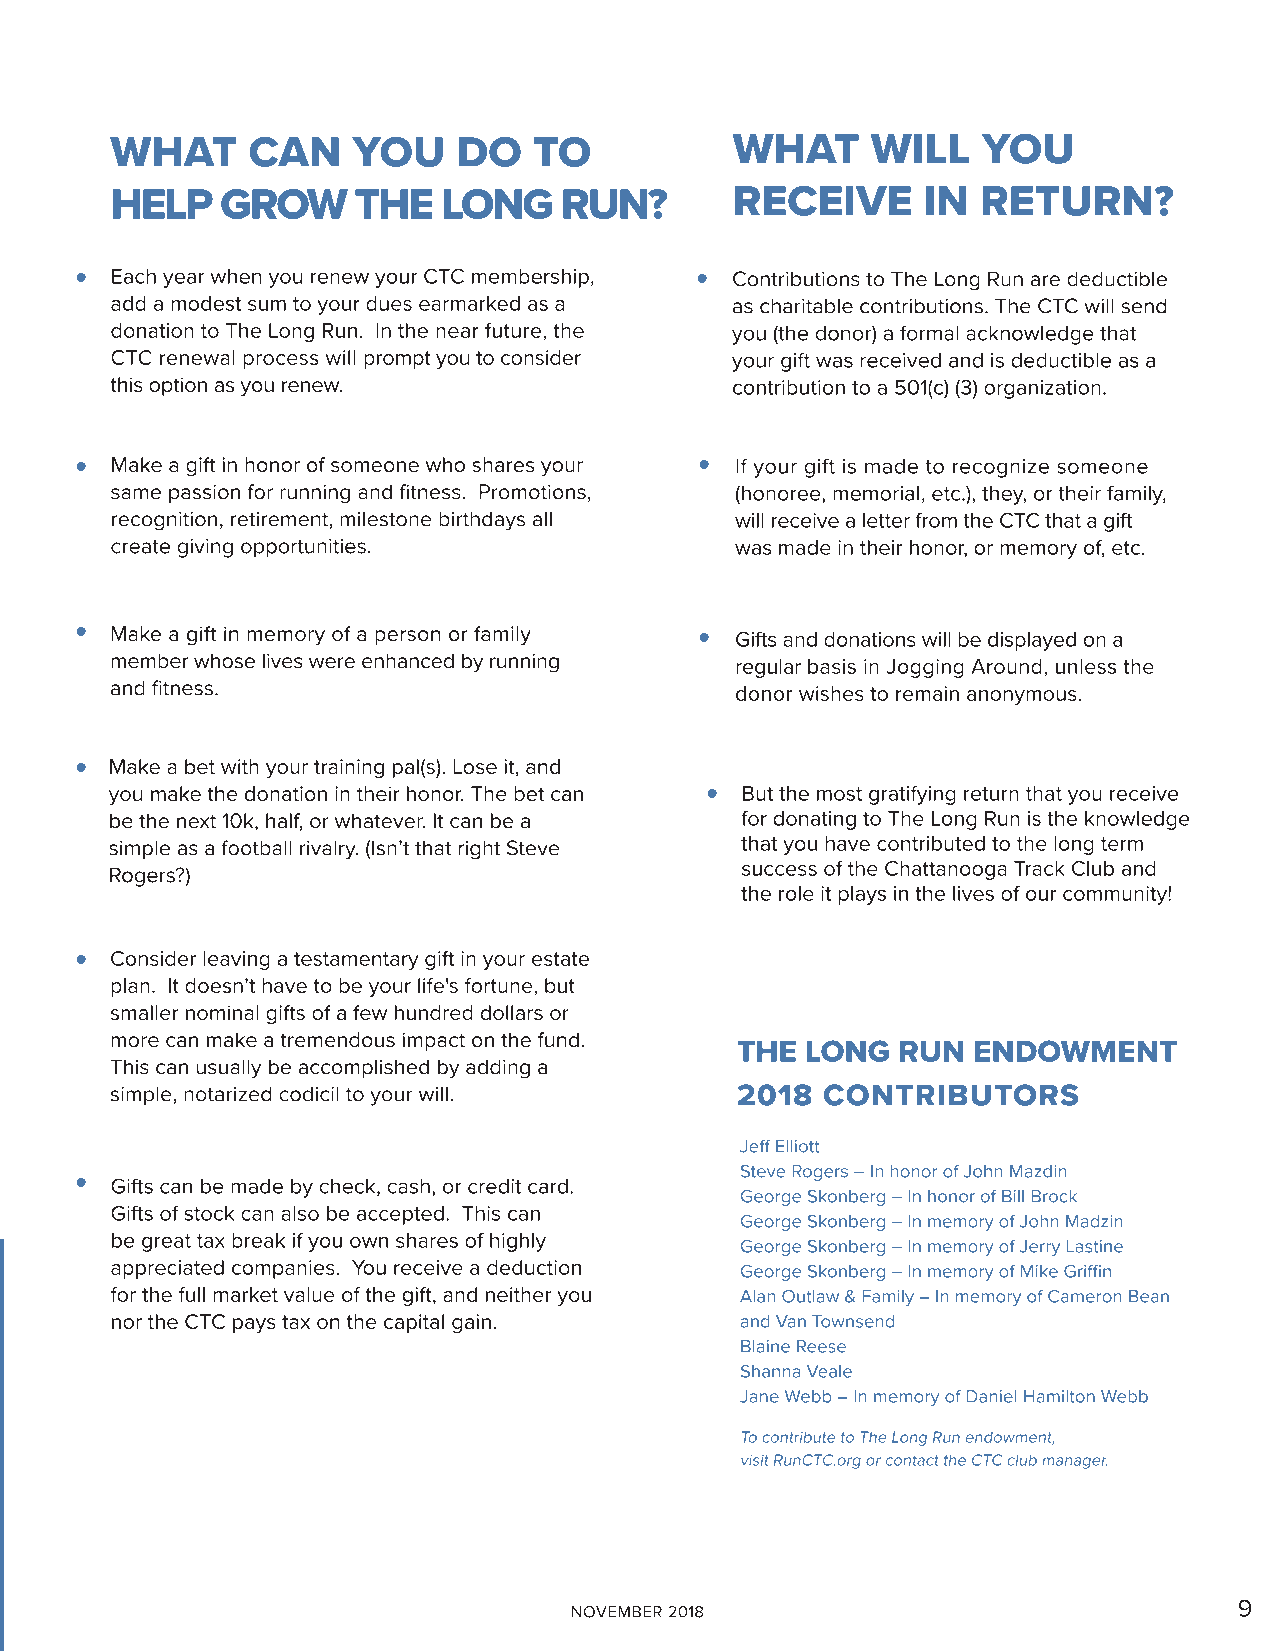
•                                        •
 •                                        •
 •
 •
 •
 •
 •
 •